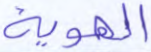
الهوية